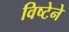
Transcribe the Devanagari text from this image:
विष्टेने